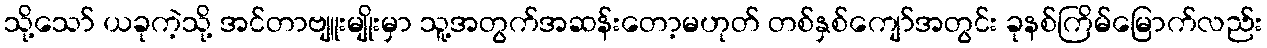
သို့သော် ယခုကဲ့သို့ အင်တာဗျူးမျိုးမှာ သူ့အတွက်အဆန်းတော့မဟုတ် တစ်နှစ်ကျော်အတွင်း ခုနစ်ကြိမ်မြောက်လည်း